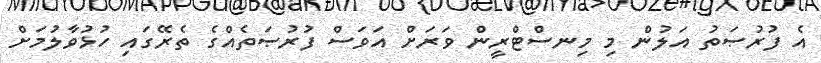
އެ ފުރުޞަތު އަލުން މި މިނސްޓްރީން ވަރަށް އަވަސް ފުރުޞަތެއްގެ ތެރޭގައި ހުޅުވާލުމަށް